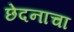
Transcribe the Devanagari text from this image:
छेदनाचा